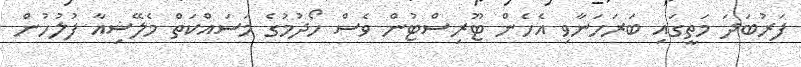
ފަރުބަދަ މަތީގައި ބަރަހަނާވި އެހެން ޓޫރިސްޓުން ވެސް ހޯދުމުގެ މަސައްކަތް މެލޭޝިއާ ފުލުހުން